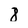
Character: 8